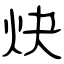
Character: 炔